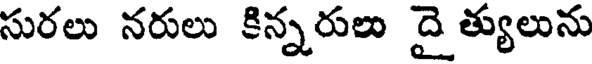
సురలు నరులు కిన్నరులు దై త్యులును